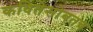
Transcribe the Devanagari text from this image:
कवितेसोबतच